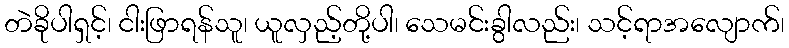
တဲခိုပါရှင့်၊ ငါးဖြာရန်သူ၊ ယူလှည့်တို့ပါ၊ သေမင်းခွါလည်း၊ သင့်ရာအလျောက်၊